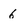
Character: 6